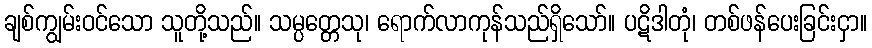
ချစ်ကျွမ်းဝင်သော သူတို့သည်။ သမ္ပတ္တေသု၊ ရောက်လာကုန်သည်ရှိသော်။ ပဋိဒါတုံ၊ တစ်ဖန်ပေးခြင်းငှာ။